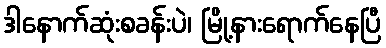
ဒါနောက်ဆုံးစခန်းပဲ၊ မြို့နားရောက်နေပြီ